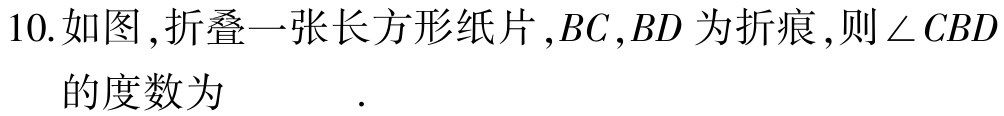
10.如图,折叠一张长方形纸片,$BC,BD$为折痕,则$\angle CBD$的度数为  .